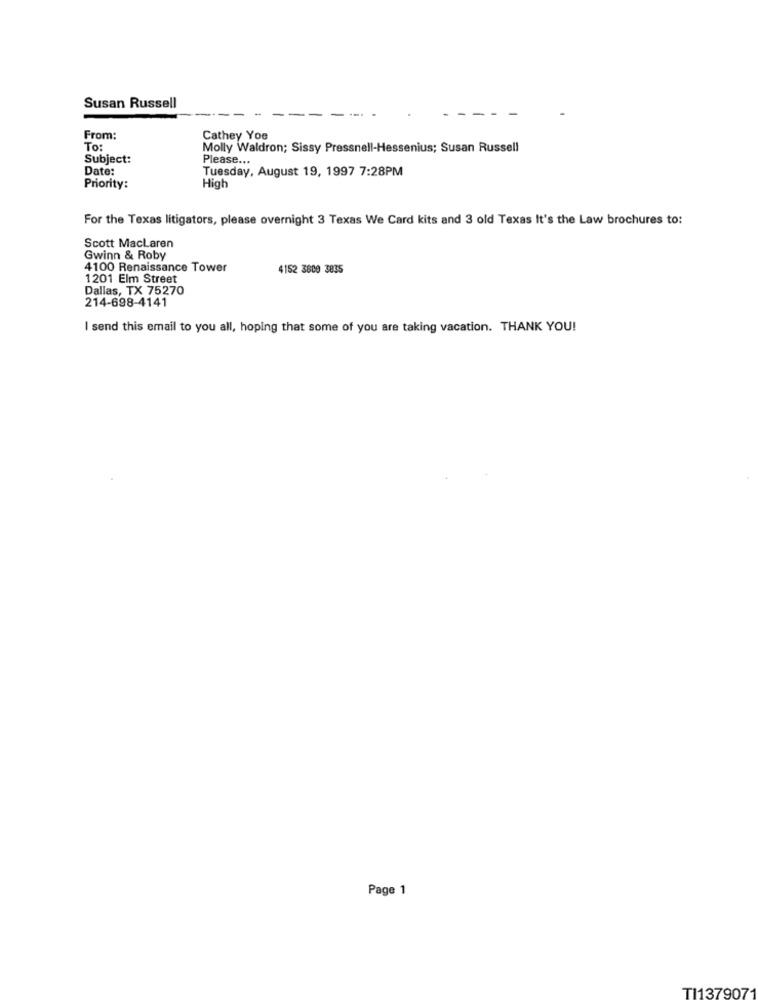
Susan Russell
From:
Cathey Yoe
To:
Molly Waldron; Sissy Pressnell-Hessenius; Susan Russell
Subject:
Please ...
Date:
Tuesday, August 19, 1997 7:28PM
Priority:
High
For the Texas litigators, please overnight 3 Texas We Card kits and 3 old Texas It's the Law brochures to:
Scott MacLaren
Gwinn & Roby
4100 Renaissance Tower
4152 3800 3835
1201 Elm Street
Dallas, TX 75270
214-698-4141
I send this email to you all, hoping that some of you are taking vacation. THANK YOU!
Page 1
TI1379071